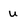
Character: u